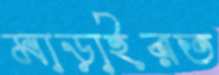
মাড়াইরত